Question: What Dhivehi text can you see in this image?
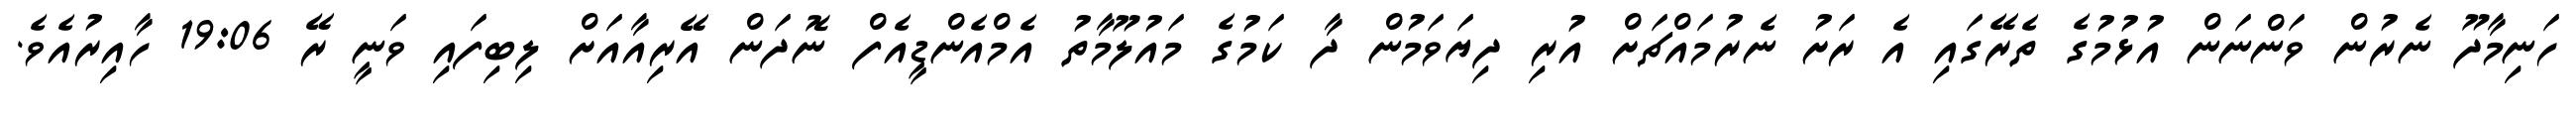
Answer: ހަނިމާދޫ ނެރުން ވަންނަން އުޅުމުގެ ތެރޭގައި އެ ރަށު ނެރުމައްޗަށް އުރި ދިޔަވަމުން ދާ ކަމުގެ މައުލޫމާތު އެމްއެންޑީއެފް ނޮދަން އޭރިއާއަށް ލިބިފައި ވަނީ ރޭ 19:06 ހާއިރުއެވެ.